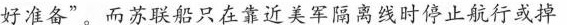
好准备”。而苏联船只在靠近美军隔离线时停止航行或掉